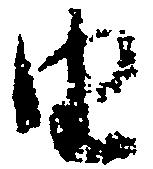
由